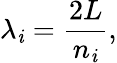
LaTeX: \lambda_{\mathit{i}}={\frac{{2L}}{{n_{\mathit{i}}}}},